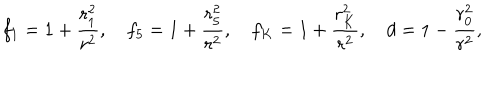
LaTeX: f _ { 1 } = 1 + { \frac { r _ { 1 } ^ { 2 } } { r ^ { 2 } } } , ~ f _ { 5 } = 1 + { \frac { r _ { 5 } ^ { 2 } } { r ^ { 2 } } } , ~ f _ { K } = 1 + { \frac { r _ { K } ^ { 2 } } { r ^ { 2 } } } , ~ d = 1 - { \frac { r _ { 0 } ^ { 2 } } { r ^ { 2 } } } ,